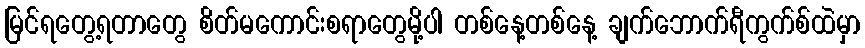
မြင်ရတွေ့ရတာတွေ စိတ်မကောင်းစရာတွေမို့ပါ တစ်နေ့တစ်နေ့ ချက်ဘောက်ရီကွက်စ်ထဲမှာ